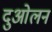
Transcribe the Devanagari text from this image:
दुओलन